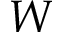
W